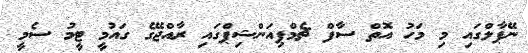
ނޭޕާލްގައި މި މަހު އޮތް ސާފް ޗެމްޕިއަންޝިޕްގައި ރާއްޖޭގެ ގައުމީ ޓީމު ސެމީ